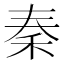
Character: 秦